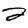
Digit: 2